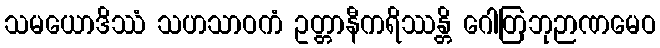
သမယောဒိဿံ သဟသာဝကံ ဥတ္တာနီကရိဿန္တိ ဂေါတြဘုဉာဏမေဝ